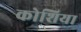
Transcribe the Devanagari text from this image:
कोशिया